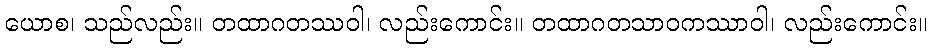
ယောစ၊ သည်လည်း။ တထာဂတဿဝါ၊ လည်းကောင်း။ တထာဂတသာဝကဿာဝါ၊ လည်းကောင်း။